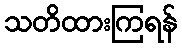
သတိထားကြရန်